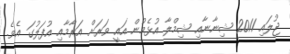
ޖުލައި 2011 ޝިނާނާއި ޝިމްލާ އުޅެމުން އައީ ވަރަށް އަރާމާއި އުފަލުގަ އެވެ.